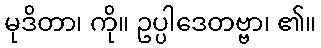
မုဒိတာ၊ ကို။ ဥပ္ပါဒေတဗ္ဗာ၊ ၏။